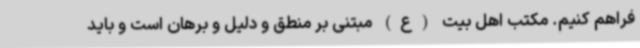
فراهم کنیم. مکتب اهل بیت (ع) مبتنی بر منطق و دلیل و برهان است و باید